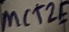
Text: MCT2F